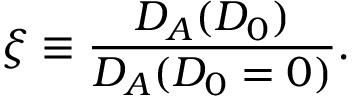
\xi \equiv \frac { D _ { A } ( D _ { 0 } ) } { D _ { A } ( D _ { 0 } = 0 ) } .